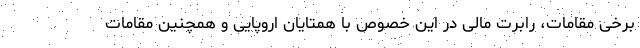
برخی مقامات، رابرت مالی در این خصوص با همتایان اروپایی و همچنین مقامات